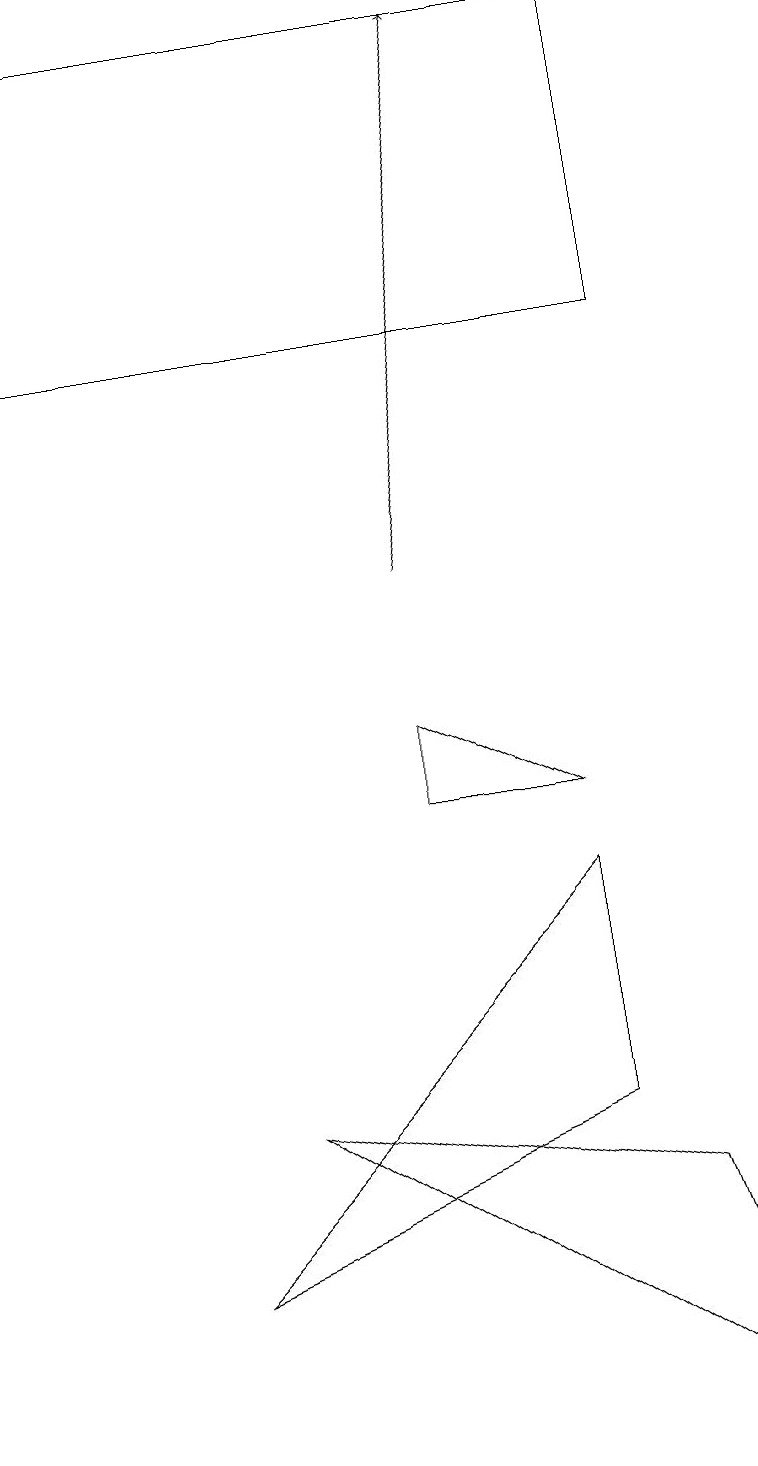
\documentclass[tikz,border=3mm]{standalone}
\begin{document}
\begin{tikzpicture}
\draw (7,4) -- (7,7) -- (2,2) -- cycle;
\draw (3,4) -- (8,3) -- (9,0) -- cycle;
\draw[->] (5,11) -- (6,18);
\draw (8,18) rectangle (0,14);
\draw (5,8) -- (7,8) -- (5,9) -- cycle;
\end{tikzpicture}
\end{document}